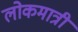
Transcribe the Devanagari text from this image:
लोकमात्री